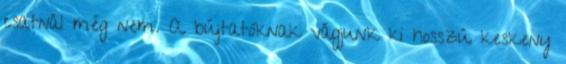
csatnál még nem. A bújtatóknak vágjunk ki hosszú keskeny